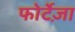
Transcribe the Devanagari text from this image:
फोर्टेज़ा